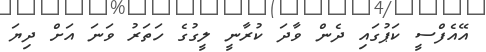
އޭއެފްސީ ކަޕުގައި ދެން ވާދަ ކުރާނީ ލީގުގެ ހަތަރު ވަނަ އަށް ދިޔަ